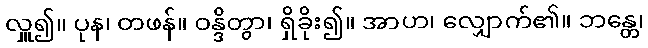
လှူ၍။ ပုန၊ တဖန်။ ဝန္ဒိတွာ၊ ရှိခိုး၍။ အာဟ၊ လျှောက်၏။ ဘန္တေ၊